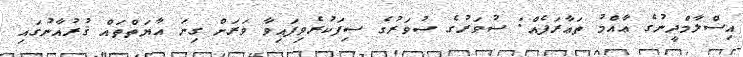
އިސްލާމްދީނުގެ ޢާއްމު ތަޢާރަފެއް: ސުވަރުގެ ސުވަރުގެ ސިފަކުރެވިފައިވާ ވަރަށް ގިނަ އާޔަތްތައް ޤުރުއާނުގައި